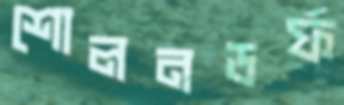
শোলনডর্ফ